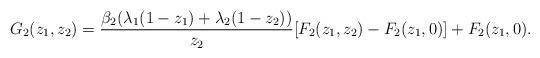
LaTeX: \begin{align*}G_2(z_1,z_2) = \frac{\beta_2(\lambda_1(1-z_1) + \lambda_2(1-z_2))}{z_2} [F_2(z_1,z_2) - F_2(z_1,0)]+ F_2(z_1,0).\end{align*}